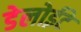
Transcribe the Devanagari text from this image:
डेलोईटे